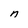
Character: n